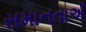
સમાનતાએઁ